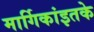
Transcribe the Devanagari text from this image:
मार्गिकांइतके